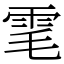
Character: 雮